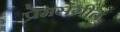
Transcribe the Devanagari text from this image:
प्रेमसंगीत